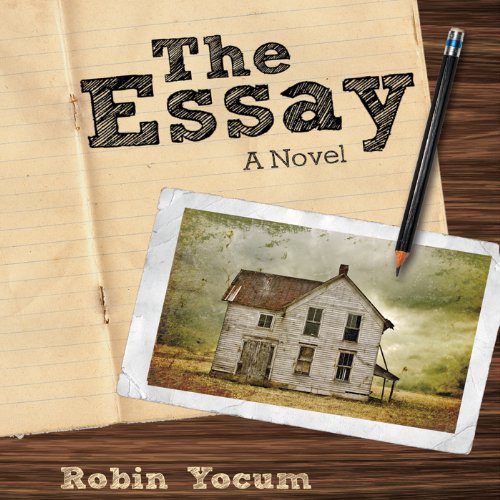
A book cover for The Essay: A Novel; Robin Yocum; Literature & Fiction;